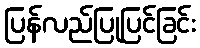
ပြန်လည်ပြုပြင်ခြင်း